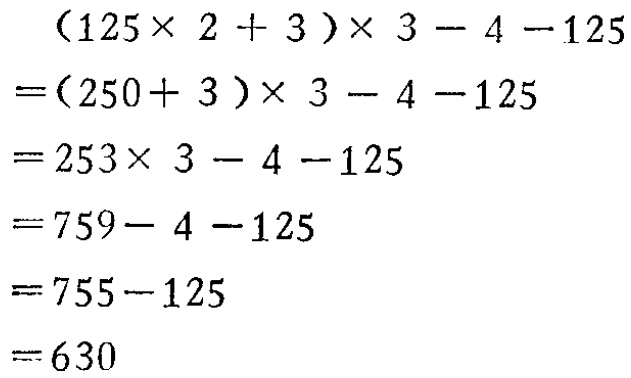
\[
\begin{align*}
&(125\times 2 + 3)\times 3 - 4 - 125\\
=&(250 + 3)\times 3 - 4 - 125\\
=&253\times 3 - 4 - 125\\
=&759 - 4 - 125\\
=&755 - 125\\
=&630
\end{align*}
\]